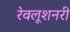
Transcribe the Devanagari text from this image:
रेवलूशनरी